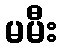
မမီး